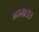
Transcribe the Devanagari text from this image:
४२२४३३